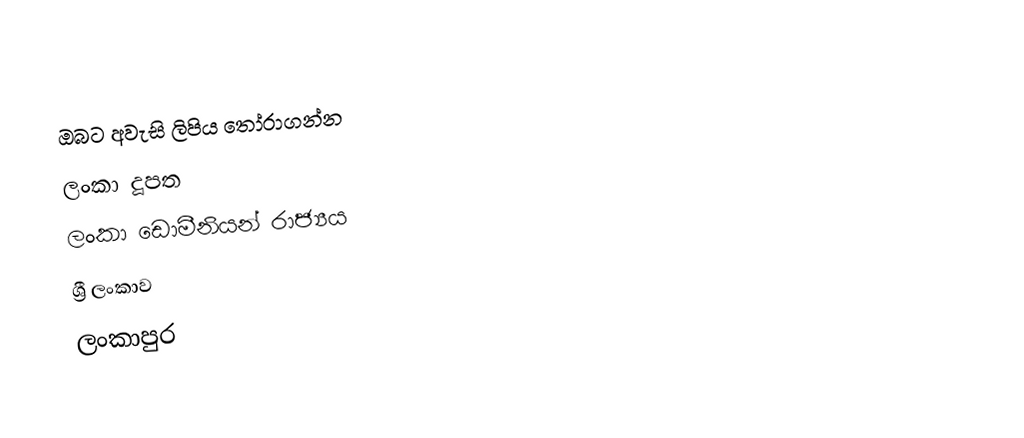
ඔබට අවැසි ලිපිය තෝරාගන්න
 ලංකා දූපත
 ලංකා ඩොමීනියන් රාජ්‍යය
 ශ්‍රී ලංකාව
 ලංකාපුර